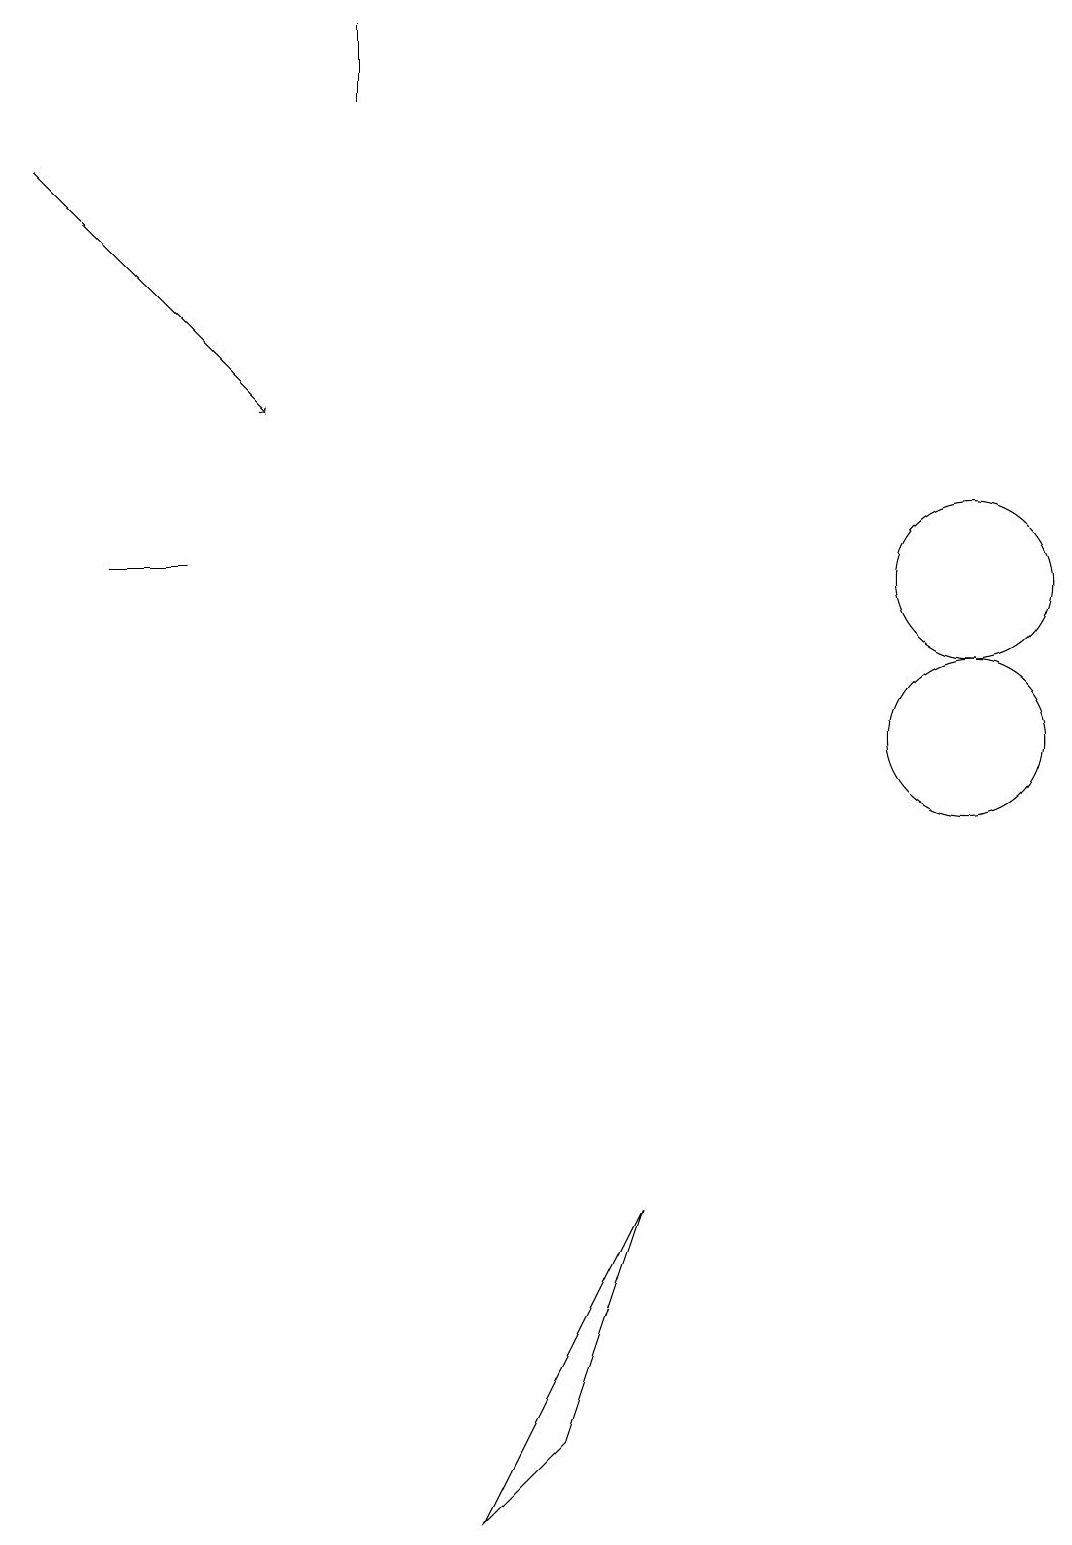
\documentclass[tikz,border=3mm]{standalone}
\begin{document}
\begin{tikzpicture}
\draw (12,12) circle (1);
\draw (8,4) -- (7,1) -- (6,0) -- cycle;
\draw (12,10) circle (1);
\draw (2,12) rectangle (1,12);
\draw[->] (0,17) -- (3,14);
\draw (4,18) rectangle (4,19);
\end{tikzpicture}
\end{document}